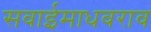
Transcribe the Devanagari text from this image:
सवाईमाधवराव